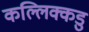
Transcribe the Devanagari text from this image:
कल्लिक्कडु